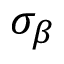
\sigma _ { \beta }